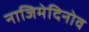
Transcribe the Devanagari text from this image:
नाजिमेदिनोव